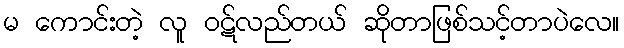
မ ကောင်းတဲ့ လူ ဝဋ်လည်တယ် ဆိုတာဖြစ်သင့်တာပဲလေ။